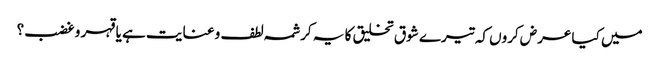
میں کیا عرض کروں کہ تیرے شوق تخلیق کا یہ کرشمہ لطف و عنایت ہے یا قہر و غضب؟